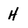
Character: H